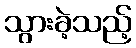
သွားခဲ့သည့်